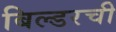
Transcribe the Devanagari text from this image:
बिल्डरची